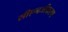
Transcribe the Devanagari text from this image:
सीएनजीकरण